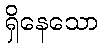
ရှိနေသော